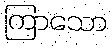
ကြာသော